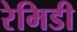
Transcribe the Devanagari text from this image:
रेमिडी